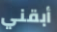
أبقني